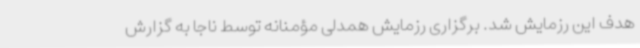
هدف این رزمایش شد. برگزاری رزمایش همدلی مؤمنانه توسط ناجا به گزارش